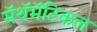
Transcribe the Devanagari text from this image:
मॅथॅमॅटिकल